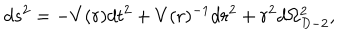
d s ^ { 2 } = - V ( r ) d t ^ { 2 } + V ( r ) ^ { - 1 } d r ^ { 2 } + r ^ { 2 } d \Omega _ { D - 2 } ^ { 2 } ,